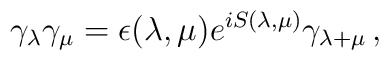
\gamma_\lambda\gamma_\mu=\epsilon(\lambda,\mu)e^{iS(\lambda,\mu)}\gamma_{\lambda+\mu}\,,